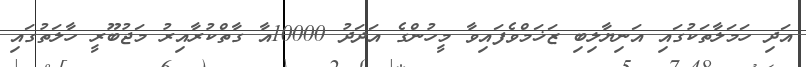
އަދި ހަމަލާތަކުގައި އަނިޔާލިބި ޒަޚަމްވެފައިވާ މީހުންގެ އަދަދު 10000އާ ގާތްކުރާއިރު މަޖުބޫރީ ހާލަތުގައި